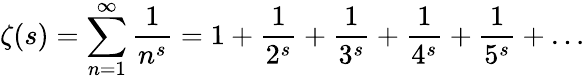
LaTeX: \zeta(s)=\sum_{n=1}^{\infty}{\frac{1}{n^{s}}}=1+{\frac{1}{2^{s}}}+{\frac{1}{3^{s}}}+{\frac{1}{4^{s}}}+{\frac{1}{5^{s}}}+\ldots